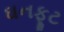
ઘનફૂટ